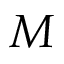
M